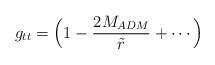
LaTeX: \begin{align*}g_{tt} = \Big(1 - {2M_{ADM}\over \tilde r} +\cdots \Big)\end{align*}